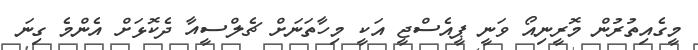
މީގެއިތުރުން މޮރީނިއޯ ވަނީ ޕީއެސްޖީ އަކީ މިހާތަނަށް ޗެލްސީއާ ދެކޮޅަށް އެންމެ ގިނަ